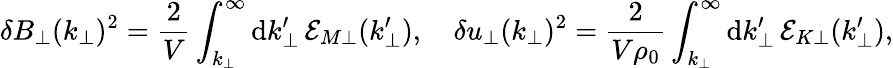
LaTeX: \delta B_{\perp}(k_{\perp})^{2}=\frac{2}{V}\int_{k_{\perp}}^{\infty}\mathrm{d}k_{\perp}^{\prime}\, \mathcal{E}_{M\perp}(k_{\perp}^{\prime}),\quad\delta u_{\perp}(k_{\perp})^{2}=\frac{2}{V{\rho}_{0}}\int_{k_{\perp}}^{\infty}\mathrm{d}k_{\perp}^{\prime}\, \mathcal{E}_{K\perp}(k_{\perp}^{\prime}),